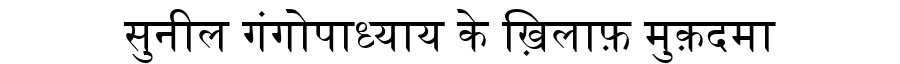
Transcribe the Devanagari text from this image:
सुनील गंगोपाध्याय के ख़िलाफ़ मुक़दमा